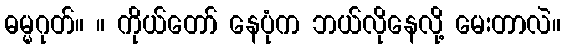
ဓမ္မဂုတ်။ ။ ကိုယ်တော် နေပုံက ဘယ်လိုနေလို့ မေးတာလဲ။